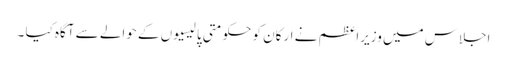
اجلاس میں وزیراعظم نے ارکان کو حکومتی پالیسیوں کے حوالے سے آگاہ کیا ۔